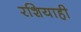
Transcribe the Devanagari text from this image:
रशियाही